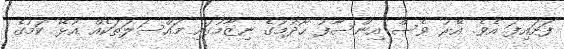
ފަށައިފަ އެވެ. އޭރު ވެސް އިންސާފު ހޯދުމުގެ ނިޒާމުގައި މައްސަލަތަކެއް އުޅޭ ކަމުގެ